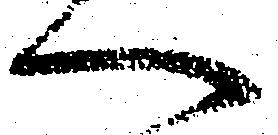
へ